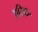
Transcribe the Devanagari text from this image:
एरिक॰